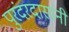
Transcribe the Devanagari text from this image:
पुरंदरदासांनी